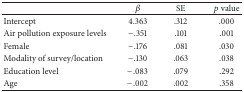
<table><thead><tr><td><b> </b></td><td><b><i>β</i></b></td><td><b>SE</b></td><td><b><i>p</i> value</b></td></tr></thead><tbody><tr><td>Intercept</td><td>4.363</td><td>.312</td><td>.000</td></tr><tr><td>Air pollution exposure levels</td><td>−.351</td><td>.101</td><td>.001</td></tr><tr><td>Female</td><td>−.176</td><td>.081</td><td>.030</td></tr><tr><td>Modality of survey/location</td><td>−.130</td><td>.063</td><td>.038</td></tr><tr><td>Education level</td><td>−.083</td><td>.079</td><td>.292</td></tr><tr><td>Age</td><td>−.002</td><td>.002</td><td>.358</td></tr></tbody></table>